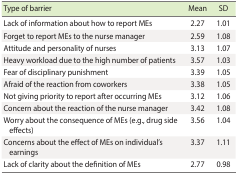
<table><thead><tr><td><b>Type of barrier</b></td><td><b>Mean</b></td><td><b>SD</b></td></tr></thead><tbody><tr><td>Lack of information about how to report MEs</td><td>2.27</td><td>1.01</td></tr><tr><td>Forget to report MEs to the nurse manager</td><td>2.59</td><td>1.08</td></tr><tr><td>Attitude and personality of nurses</td><td>3.13</td><td>1.07</td></tr><tr><td>Heavy workload due to the high number of patients</td><td>3.57</td><td>1.03</td></tr><tr><td>Fear of disciplinary punishment</td><td>3.39</td><td>1.05</td></tr><tr><td>Afraid of the reaction from coworkers</td><td>3.38</td><td>1.05</td></tr><tr><td>Not giving priority to report after occurring MEs</td><td>3.12</td><td>1.06</td></tr><tr><td>Concern about the reaction of the nurse manager</td><td>3.42</td><td>1.08</td></tr><tr><td>Worry about the consequence of MEs (e.g., drug side effects)</td><td>3.56</td><td>1.04</td></tr><tr><td>Concerns about the effect of MEs on individual&#x27;s earnings</td><td>3.37</td><td>1.11</td></tr><tr><td>Lack of clarity about the definition of MEs</td><td>2.77</td><td>0.98</td></tr></tbody></table>